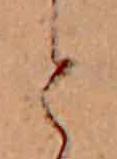
と